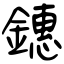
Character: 鏸